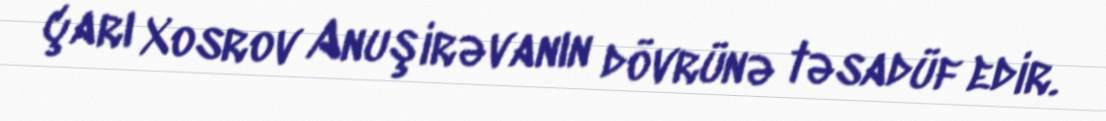
çarı Xosrov Anuşirəvanın dövrünə təsadüf edir.